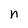
Character: n